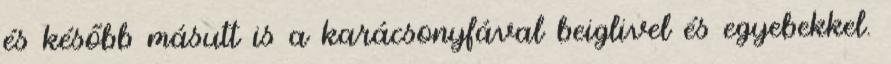
és később másutt is a karácsonyfával beiglivel és egyebekkel.